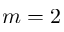
m = 2